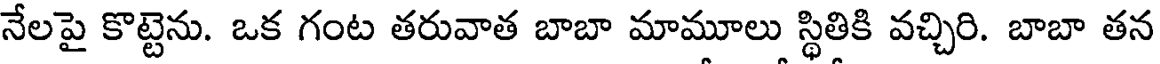
నేలపై కొట్టెను. ఒక గంట తరువాత బాబా మామూలు స్థితికి వచ్చిరి. బాబా తన